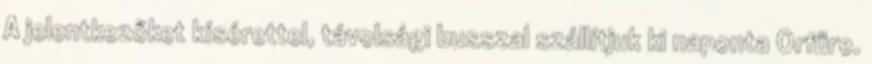
A jelentkezőket kísérettel, távolsági busszal szállítjuk ki naponta Orfűre.